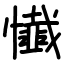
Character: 懴